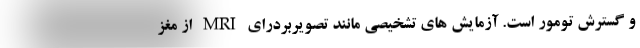
و گسترش تومور است. آزمایش های تشخیصی مانند تصویربردرای MRI از مغز